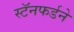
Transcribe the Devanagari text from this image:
स्टॅनफर्डने